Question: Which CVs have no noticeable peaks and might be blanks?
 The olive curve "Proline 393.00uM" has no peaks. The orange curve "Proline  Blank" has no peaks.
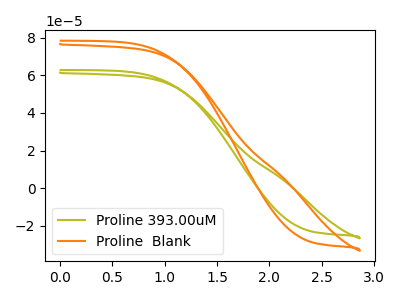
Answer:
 <answer>"Proline 393.00uM" and "Proline  Blank" are likely to be blanks.</answer>
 <eval>"Proline 393.00uM", "Proline  Blank"</eval>